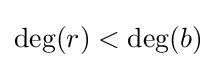
\deg(r)<\deg(b)